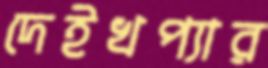
দেইখপ্যার